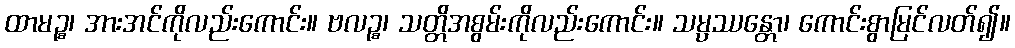
ထာမဉ္စ၊ အားအင်ကိုလည်းကောင်း။ ဗလဉ္စ၊ သတ္တိအစွမ်းကိုလည်းကောင်း။ သမ္ပဿန္တော၊ ကောင်းစွာမြင်လတ်၍။